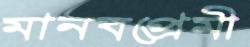
মানবপ্রেমী